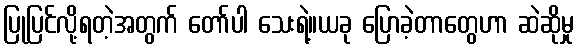
ပြုပြင်လို့ရတဲ့အတွက် တော်ပါ သေးရဲ့။ယခု ပြောခဲ့တာတွေဟာ ဆဲဆိုမှု